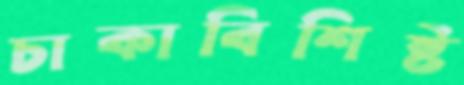
চাকাবিশিষ্ট